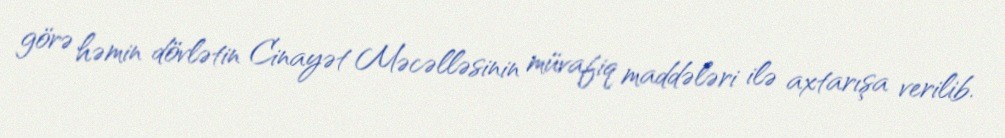
görə həmin dövlətin Cinayət Məcəlləsinin müvafiq maddələri ilə axtarışa verilib.